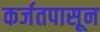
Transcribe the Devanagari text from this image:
कर्जतपासून